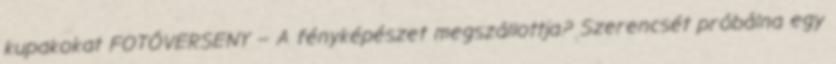
kupakokat FOTÓVERSENY – A fényképészet megszállottja? Szerencsét próbálna egy